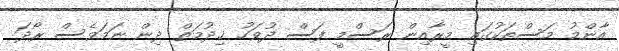
އާންމު މަސްތަކުގައި މީރާއިން ރަސްމީ ފަސް ދުވަހު ޚިދުމަތް ދިން ނަމަވެސް ރޯދަ